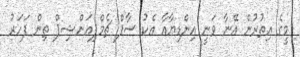
މީގެ އިތުރުން އޭނާ ވަނީ އިންޑިޔާއާ އެކު ސާފް ޗެމްޕިއަންޝިޕް ތިން ފަހަރު